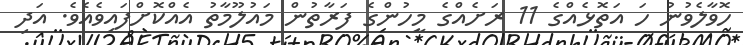
ހޮވާލެވުނު ހަ އަތޮޅެއްގެ 11 ރަށެއްގެ މީހުންގެ ފަރާތުން މައުލޫމާތު އެއްކޮށްފައިވެއެވެ. އަދި